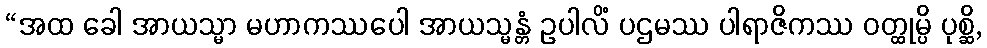
“အထ ခေါ အာယသ္မာ မဟာကဿပေါ အာယသ္မန္တံ ဥပါလိံ ပဌမဿ ပါရာဇိကဿ ဝတ္ထုမ္ပိ ပုစ္ဆိ,